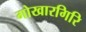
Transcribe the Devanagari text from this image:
गोखारगिरि